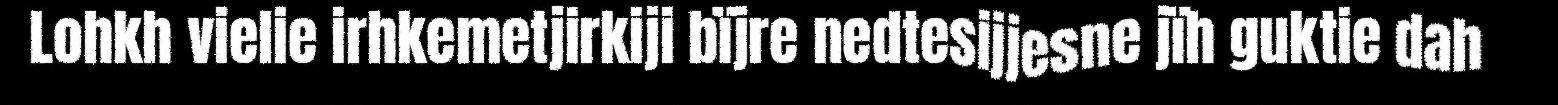
Lohkh vielie irhkemetjirkiji bïjre nedtesijjesne jïh guktie dah